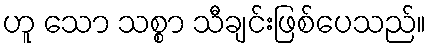
ဟူ သော သစ္စာ သီချင်းဖြစ်ပေသည်။